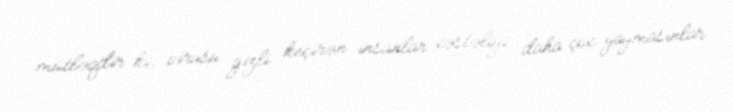
mütləqdir ki, virusu gizli keçirən insanlar xəstəliyi daha çox yaymasınlar.